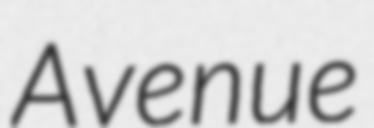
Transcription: Avenue